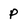
Character: P